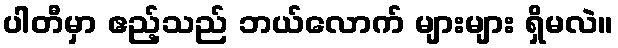
ပါတီမှာ ဧည့်သည် ဘယ်လောက် များများ ရှိမလဲ။